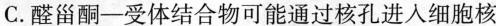
C.醛甾酮-受体结合物可能通过核孔进入细胞核